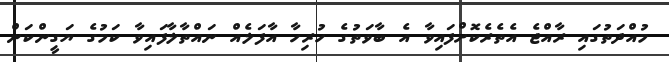
މުއްދަތުގައި ރާއްޖެ އެތެރެކޮށްފައިވާ އެ ބާވަތުގެ ހުރިހާ އާފަލެއް ނައްތާލާފައިވާ ކަމުގެ ޔަގީންކަން